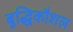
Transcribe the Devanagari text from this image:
बुद्धिकौशल